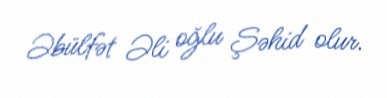
Əbülfət Əli oğlu Şəhid olur.